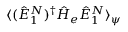
\langle ( \hat { E } _ { 1 } ^ { N } ) ^ { \dagger } \hat { H } _ { e } \hat { E } _ { 1 } ^ { N } \rangle _ { \psi }